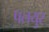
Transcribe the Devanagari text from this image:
पलयुर